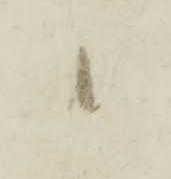
候